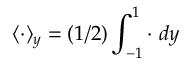
\langle \cdot \rangle _ { y } = ( 1 / 2 ) \int _ { - 1 } ^ { 1 } \cdot \ d y